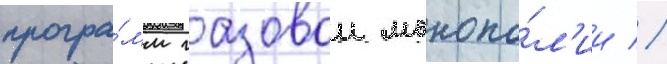
програ́мм газовои монопо́л'ии //